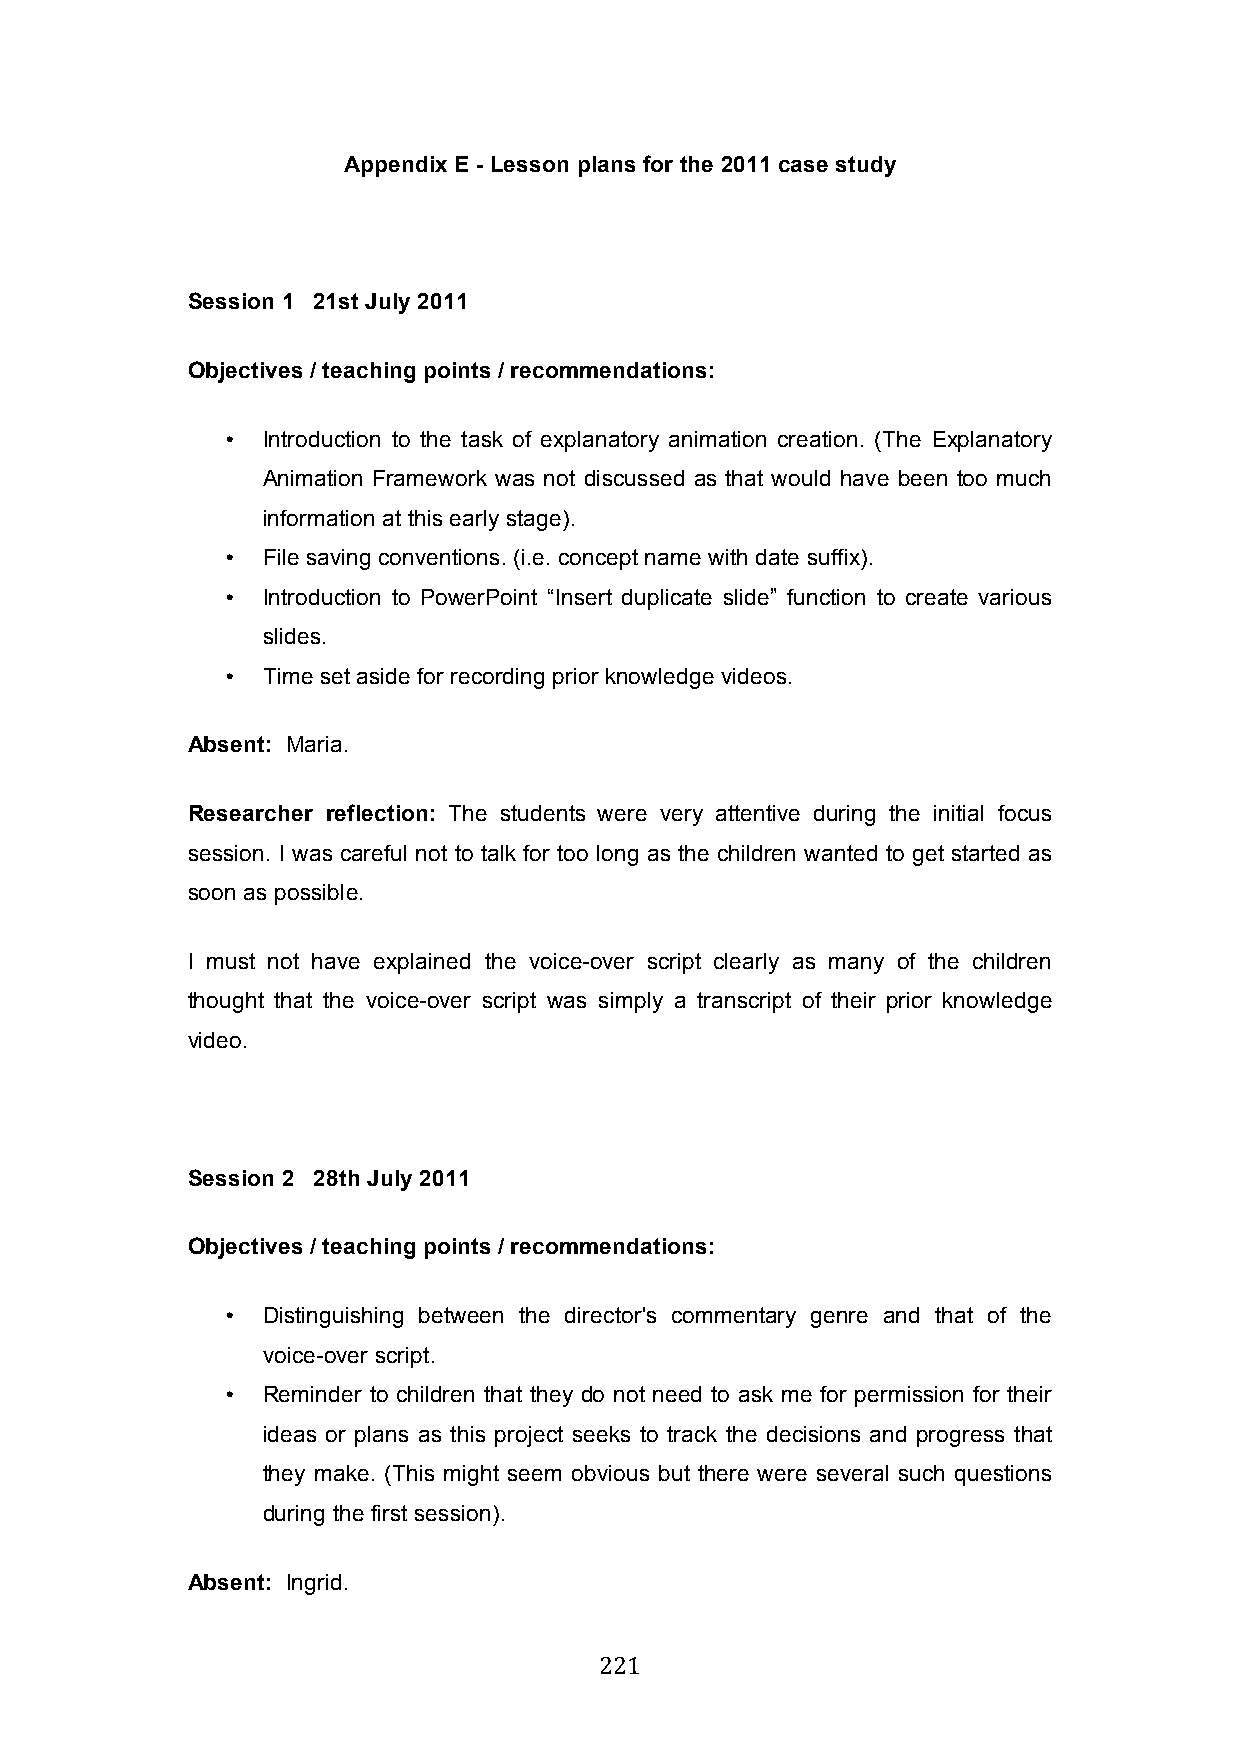
Appendix E - Lesson plans for the 2011 case study
 Session 1 21st July 2011
 Objectives / teaching points / recommendations:
 • Introduction to the task of explanatory animation creation. (The Explanatory
 Animation Framework was not discussed as that would have been too much
 information at this early stage).
 • File saving conventions. (i.e. concept name with date suffix).
 • Introduction to PowerPoint “Insert duplicate slide” function to create various
 slides.
 • Time set aside for recording prior knowledge videos.
 Absent: Maria.
 Researcher reflection: The students were very attentive during the initial focus
 session. I was careful not to talk for too long as the children wanted to get started as
 soon as possible.
 I must not have explained the voice-over script clearly as many of the children
 thought that the voice-over script was simply a transcript of their prior knowledge
 video.
 Session 2 28th July 2011
 Objectives / teaching points / recommendations:
 • Distinguishing between the director's commentary genre and that of the
 voice-over script.
 • Reminder to children that they do not need to ask me for permission for their
 ideas or plans as this project seeks to track the decisions and progress that
 they make. (This might seem obvious but there were several such questions
 during the first session).
 Absent: Ingrid.
 221